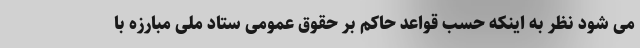
می شود نظر به اینکه حسب قواعد حاکم بر حقوق عمومی ستاد ملی مبارزه با